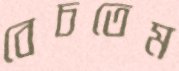
বেচতেম